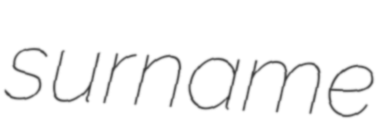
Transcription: surname